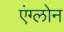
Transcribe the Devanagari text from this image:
एंग्लोन